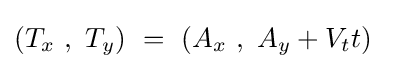
(T_{x}\ ,\ T_{y})\ =\ (A_{x}\ ,\ A_{y}+V_{t}t)~